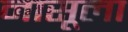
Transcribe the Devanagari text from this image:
नासूला